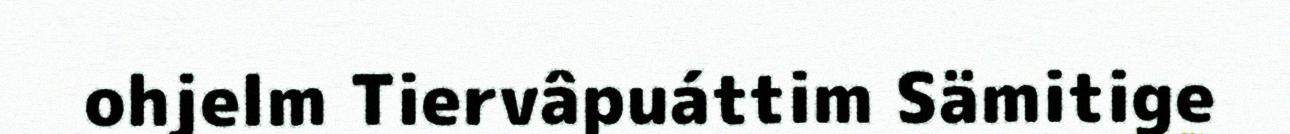
ohjelm Tiervâpuáttim Sämitige